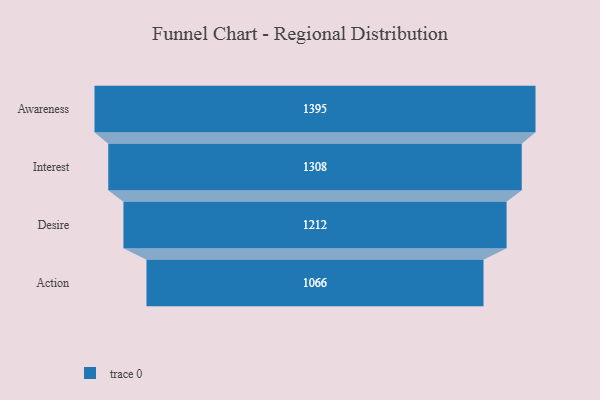
{"axis": {"x": "Stage", "y": "Value"}, "legend": [""], "data": [{"x": "Awareness", "y": 1395.0, "type": ""}, {"x": "Interest", "y": 1308.0, "type": ""}, {"x": "Desire", "y": 1212.0, "type": ""}, {"x": "Action", "y": 1066.0, "type": ""}]}